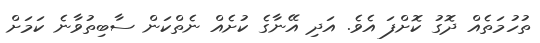
ތުހުމަތެއް ދޮގު ކޮށްފަ އެވެ. އަދި އޭނާގެ ކުށެއް ނެތްކަން ސާބިތުވާނެ ކަމަށް